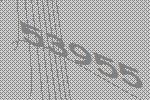
53955